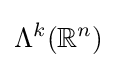
\Lambda ^{k}(\mathbb {R} ^{n})